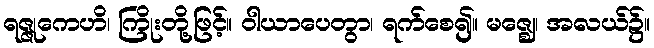
ရဇ္ဇုကေဟိ၊ ကြိုးတို့ဖြင့်။ ဝါယာပေတွာ၊ ရက်စေ၍။ မဇ္ဈေ၊ အလယ်၌။